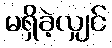
မရှိခဲ့လျှင်